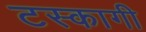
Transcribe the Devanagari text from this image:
टस्कागी